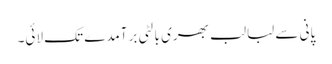
پانی سے لبالب بھری بالٹی برآمدے تک لائی۔